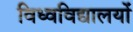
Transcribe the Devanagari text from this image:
विध्वविद्यालयों